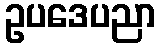
ဥပဒေပညာ